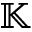
\mathbb { K }